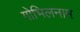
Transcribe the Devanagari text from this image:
गोभिलनाम